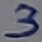
Text: 3